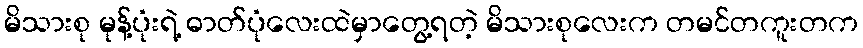
မိသားစု မုန့်ပုံးရဲ့ ဓာတ်ပုံလေးထဲမှာတွေ့ရတဲ့ မိသားစုလေးက တမင်တကူးတက